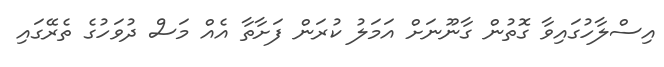
އިސްލާހުގައިވާ ގޮތުން ގާނޫނަށް އަމަލު ކުރަން ފަށާތާ އެއް މަސް ދުވަހުގެ ތެރޭގައި